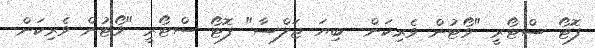
ފޮޓޯ ސްޓޯރީ "ވޯޓުން ވެރިކަން- ބިޔަ ޖަލްސާ" ފޮޓޯ ސްޓޯރީ "ވޯޓުން ވެރިކަން-